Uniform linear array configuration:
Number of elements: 64
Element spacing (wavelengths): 1
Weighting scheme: cosine
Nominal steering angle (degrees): -15
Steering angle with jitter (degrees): -14.207
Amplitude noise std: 0.05
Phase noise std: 0.05

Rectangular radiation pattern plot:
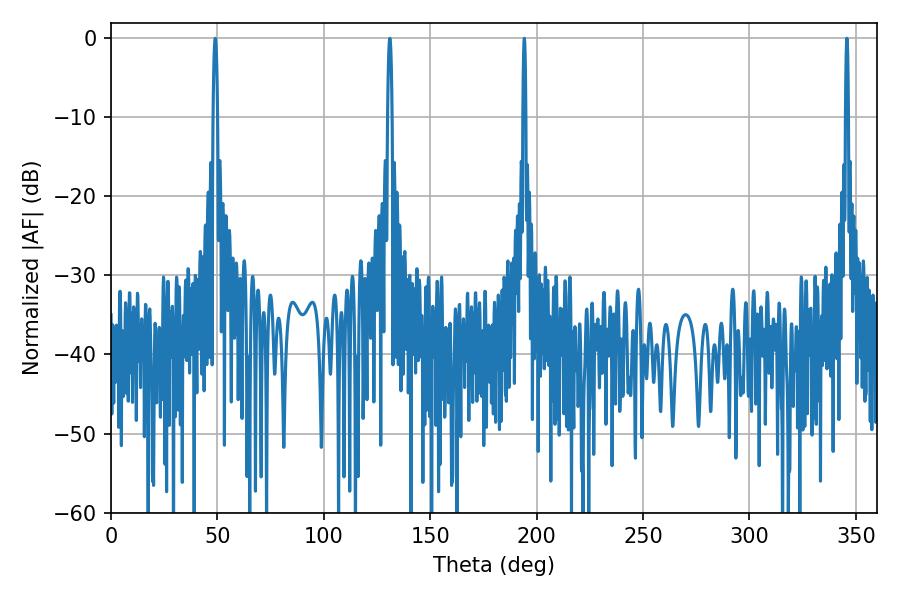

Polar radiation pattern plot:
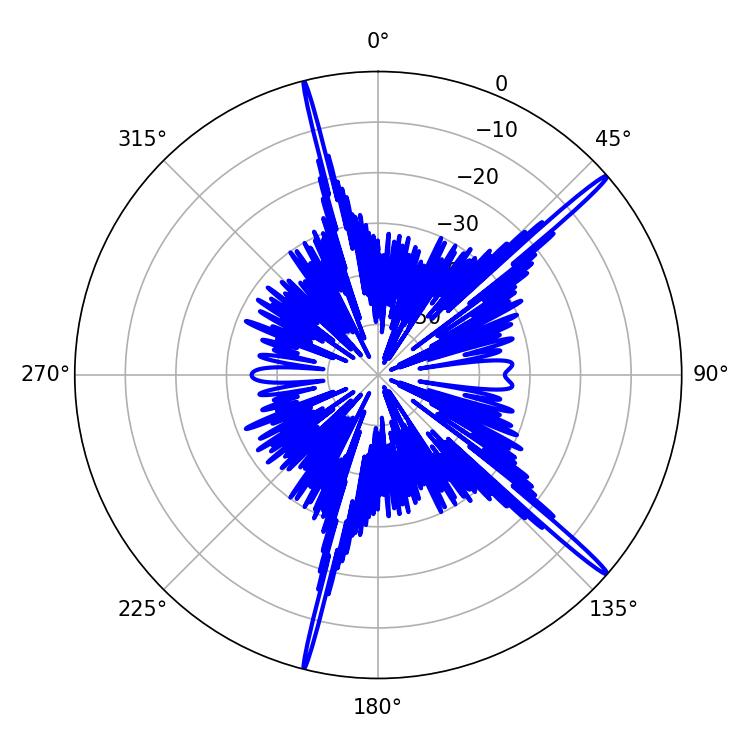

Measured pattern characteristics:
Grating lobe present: TRUE
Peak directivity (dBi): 18.493
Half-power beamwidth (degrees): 0.72
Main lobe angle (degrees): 345.78